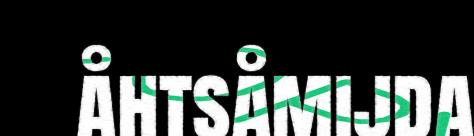
åhtsåmijda